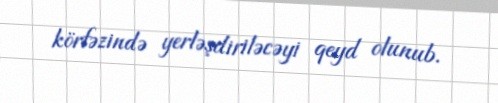
körfəzində yerləşdiriləcəyi qeyd olunub.